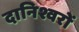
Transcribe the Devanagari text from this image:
दानिश्वरों